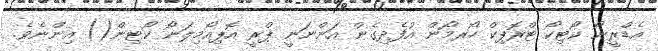
އެޑްރީނޯ ކޯޓިކޯ ޓްރޮޕިކް ހޯރމޯން އުފެދިގެން އަންނަނީ ޕްރީ އޮޕިއޯމިލަނޯ ކޯޓިން() އިންނެވެ.